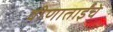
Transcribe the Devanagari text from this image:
वीणाताईंचे